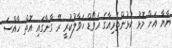
ޔާޔާ އަށް މޮޅު ކުޅުންތެރިއާގެ އެވޯޑް ހަވާލުކުރީ ރޭ ގާނާގައި އޮތް ހާއްސަ